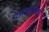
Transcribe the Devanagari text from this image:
राण्यांपैकी